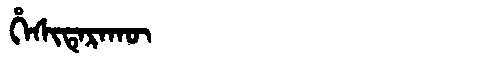
Manchu: ᡥᡝᠰᡳᡨᡝᡵᠠᡴᡡ
Romanization: HESITERAKŪ